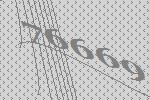
76669